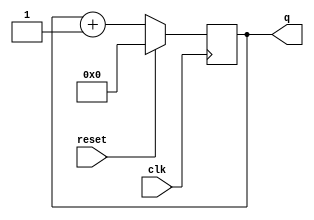
module adder_based_counter_5bits (q, clk, reset);

output [4:0]    q;
input           clk, reset;

reg [4:0]       q;

always @(negedge clk)
begin 
    if (reset)  
        q <= 5'b00000;
    else        
        q <= q + 1'b1;
end

endmodule